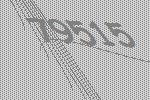
79515